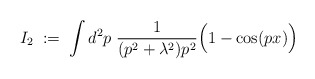
\begin{align*}I_2 \; := \; \int d^2p \; \frac{1}{(p^2 + \lambda^2) p^2}\Big(1 - \cos(px)\Big)\end{align*}